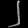
Digit: ၂